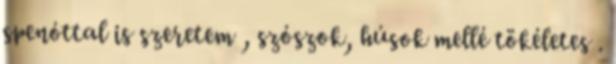
spenóttal is szeretem , szószok, húsok mellé tökéletes .